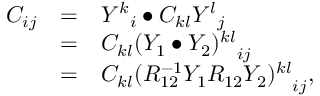
\begin{array} { r c l } { { C _ { i j } } } & { { = } } & { { { Y ^ { k } } _ { i } \bullet C _ { k l } { Y ^ { l } } _ { j } } } \\ { { } } & { { = } } & { { C _ { k l } { ( Y _ { 1 } \bullet Y _ { 2 } ) ^ { k l } } _ { i j } } } \\ { { } } & { { = } } & { { C _ { k l } { ( R _ { 1 2 } ^ { - 1 } Y _ { 1 } R _ { 1 2 } Y _ { 2 } ) ^ { k l } } _ { i j } , } } \end{array}